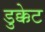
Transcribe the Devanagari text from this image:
डुक्केट